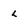
Character: L